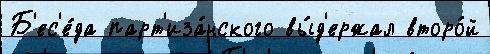
Б'ес'е́да парт'иза́нского вы́д'ержал второ́й